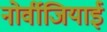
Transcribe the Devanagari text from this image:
नोर्वीजियाई